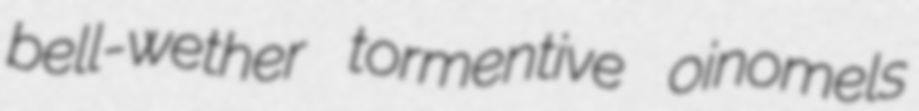
bell-wether tormentive oinomels